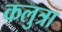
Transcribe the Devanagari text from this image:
कलुत्रा